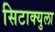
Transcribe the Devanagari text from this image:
सिटाक्युला